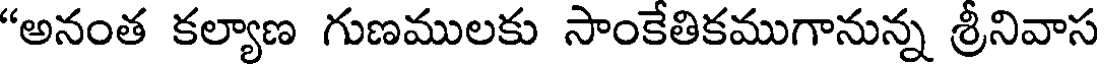
"అనంత కల్యాణ గుణములకు సాంకేతికముగానున్న శ్రీనివాస